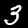
Digit: 3